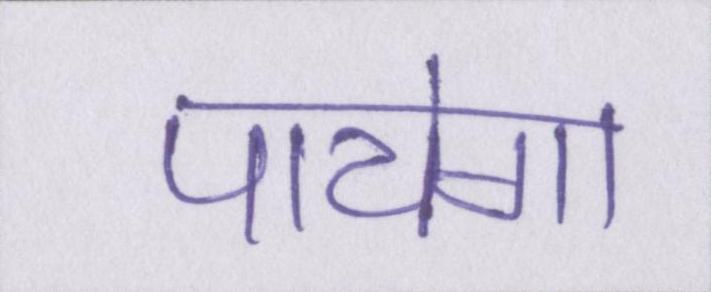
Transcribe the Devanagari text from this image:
पायेगा